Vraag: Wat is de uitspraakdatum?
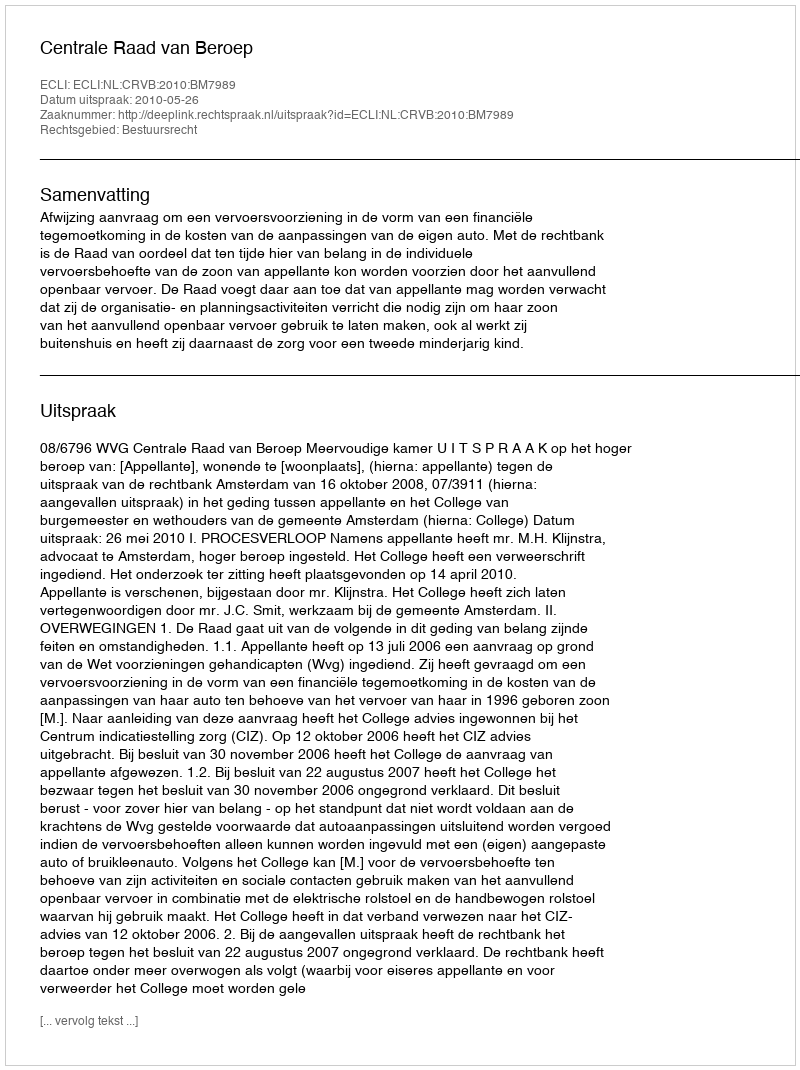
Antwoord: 2010-05-26